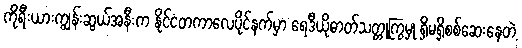
ကိုရီးယားကျွန်းဆွယ်အနီးက နိုင်ငံတကာလေပိုင်နက်မှာ ရေဒီယိုဓာတ်သတ္တုကြွမှု ရှိမရှိစစ်ဆေးနေတဲ့